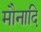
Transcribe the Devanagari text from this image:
मौनादि